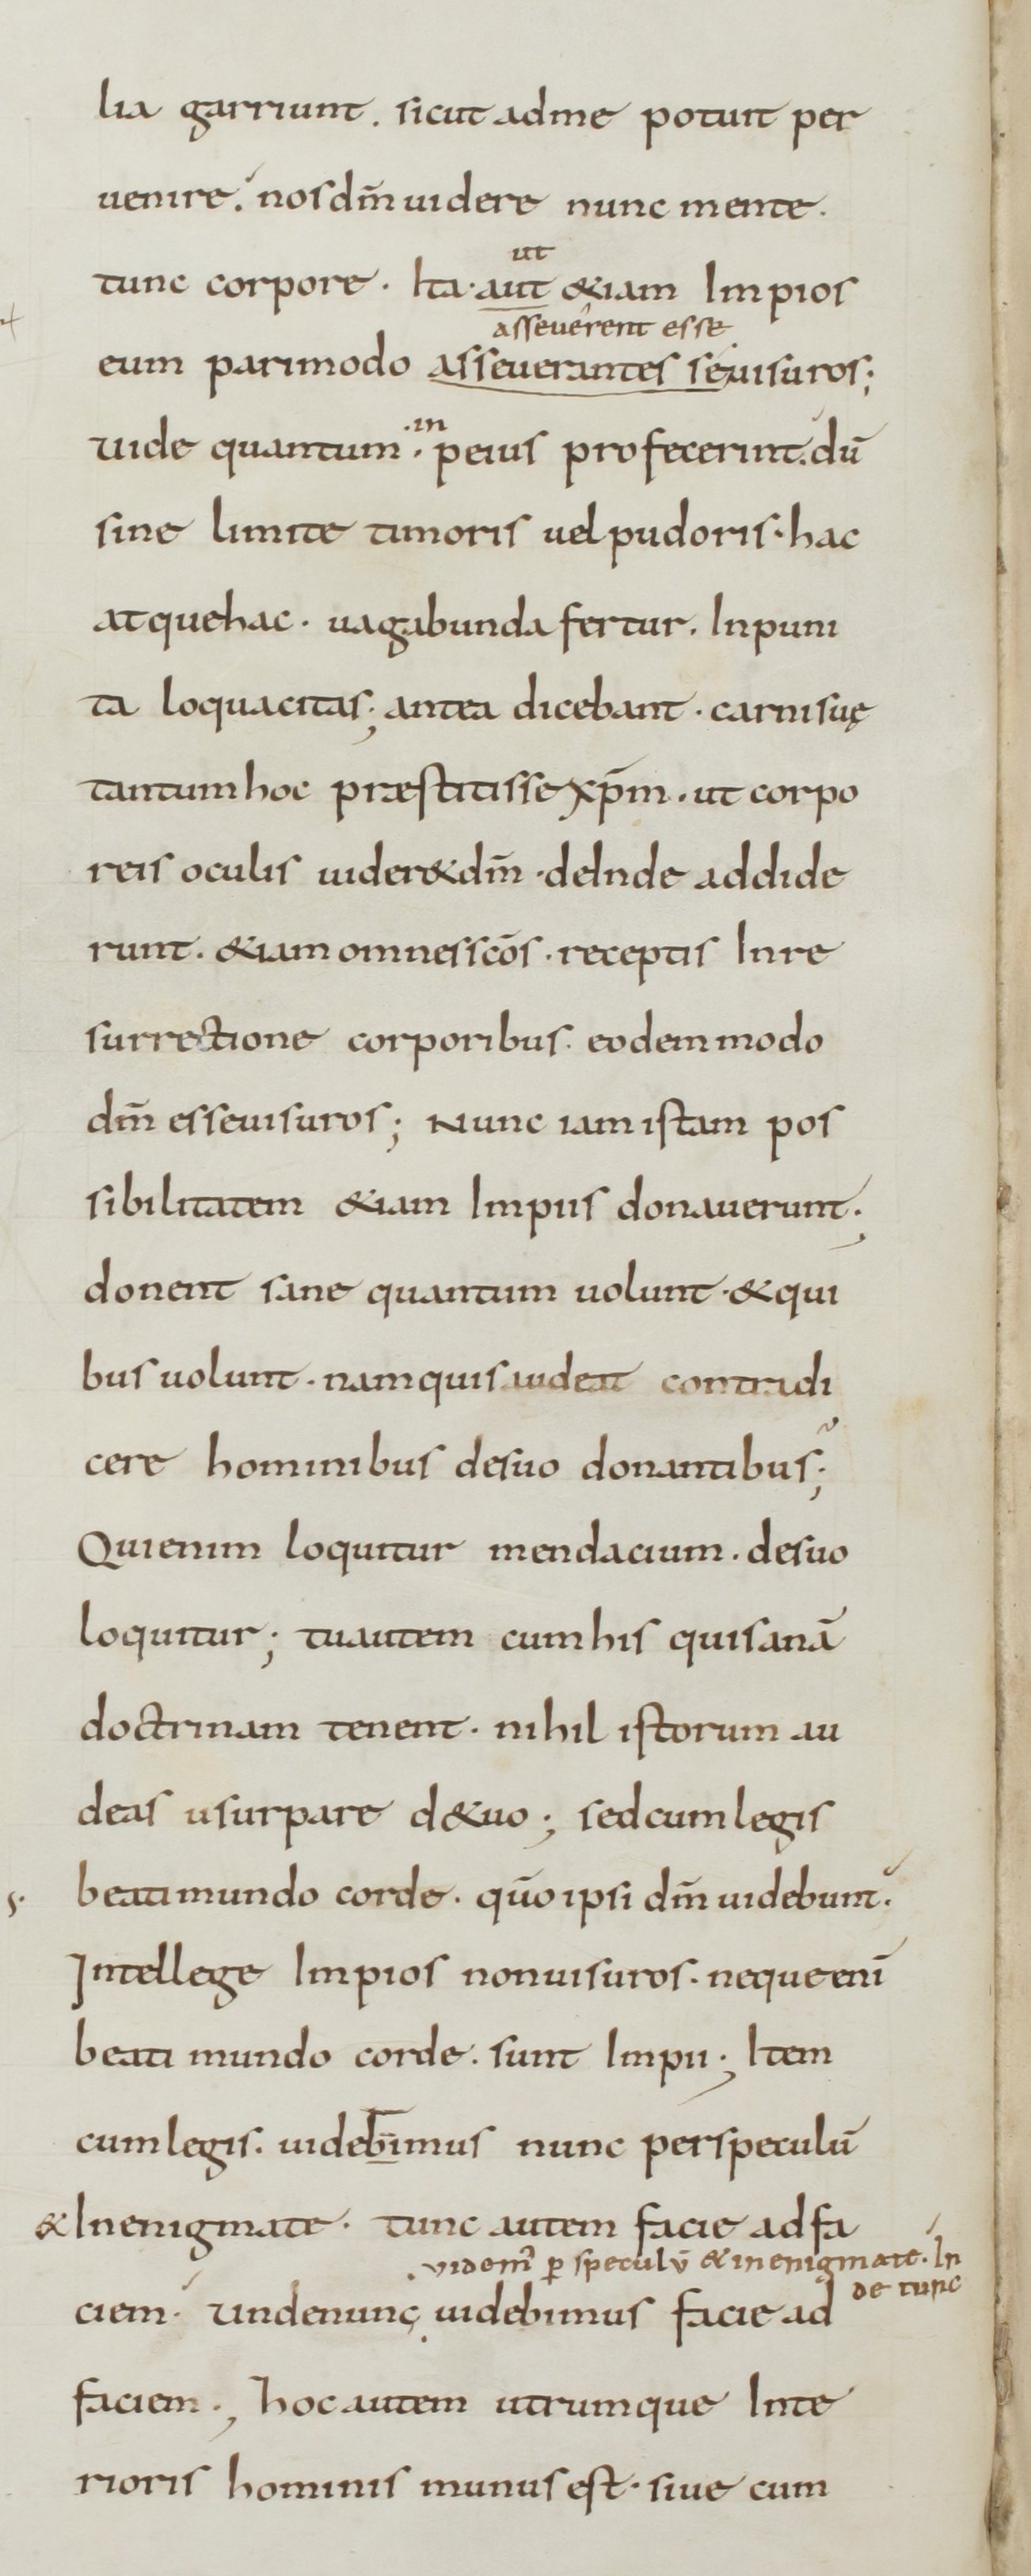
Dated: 800–899